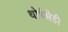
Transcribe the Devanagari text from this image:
थोडेसेही